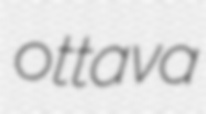
ottava